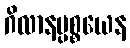
ဂိလာနပ္ပစ္စယေန